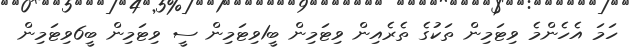
ހަމަ އެހެންމެ ވިޓަމިން ތަކުގެ ތެރެއިން ވިޓަމިން ބީ1ވިޓަމިން ސީ ވިޓަމިން ބީ6ވިޓަމިން